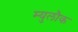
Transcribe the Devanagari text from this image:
म्युलौक